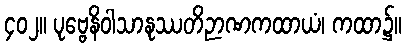
၄၀၂။ ပုဗ္ဗေနိဝါသာနုဿတိဉာဏကထာယံ၊ ကထာ၌။